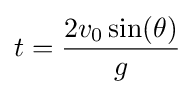
t={\frac {2v_{0}\sin(\theta )}{g}}